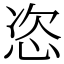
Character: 恣